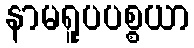
နာမရူပပစ္စယာ